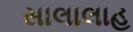
સાલાલાહ